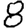
Digit: 8